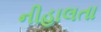
નીહાલતા